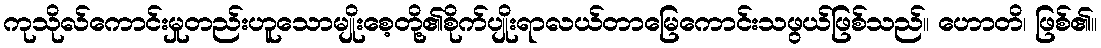
ကုသိုလ်ကောင်းမှုတည်းဟူသောမျိုးစေ့တို့၏စိုက်ပျိုးရာလယ်တာမြေကောင်းသဖွယ်ဖြစ်သည်။ ဟောတိ၊ ဖြစ်၏။